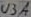
Text: U3A